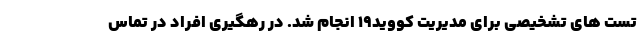
تست های تشخیصی برای مدیریت کووید۱۹ انجام شد. در رهگیری افراد در تماس